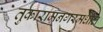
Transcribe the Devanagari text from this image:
तुकारामनगरमधील